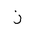
Letter: _zay